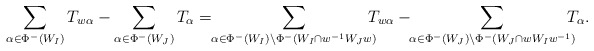
\begin{gather*} \sum_{\alpha\in \Phi^-(W_I)}T_{w\alpha} - \sum_{\alpha\in \Phi^-(W_J)}T_\alpha =\!\! \sum_{\alpha\in \Phi^-(W_I)\setminus \Phi^-(W_I\cap w^{-1}W_J w)}\!\!\!\!T_{w\alpha} - \!\!\sum_{\alpha\in \Phi^-(W_J)\setminus \Phi^-(W_J\cap w W_I w^{-1})}\!\!\!\!T_\alpha. \end{gather*}